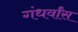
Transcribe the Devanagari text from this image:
गंधर्वांस